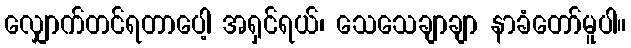
လျှောက်တင်ရတာပေါ့ အရှင်ရယ်၊ သေသေချာချာ နာခံတော်မူပါ။